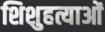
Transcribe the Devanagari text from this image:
शिशुहत्याओं